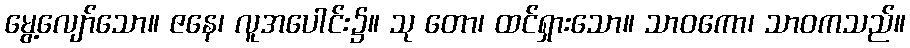
မွေ့လျော်သော။ ဇနေ၊ လူအပေါင်း၌။ သု တော၊ ထင်ရှားသော။ သာဝကော၊ သာဝကသည်။